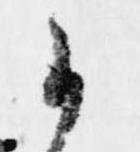
御